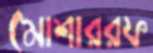
মোশাররফ